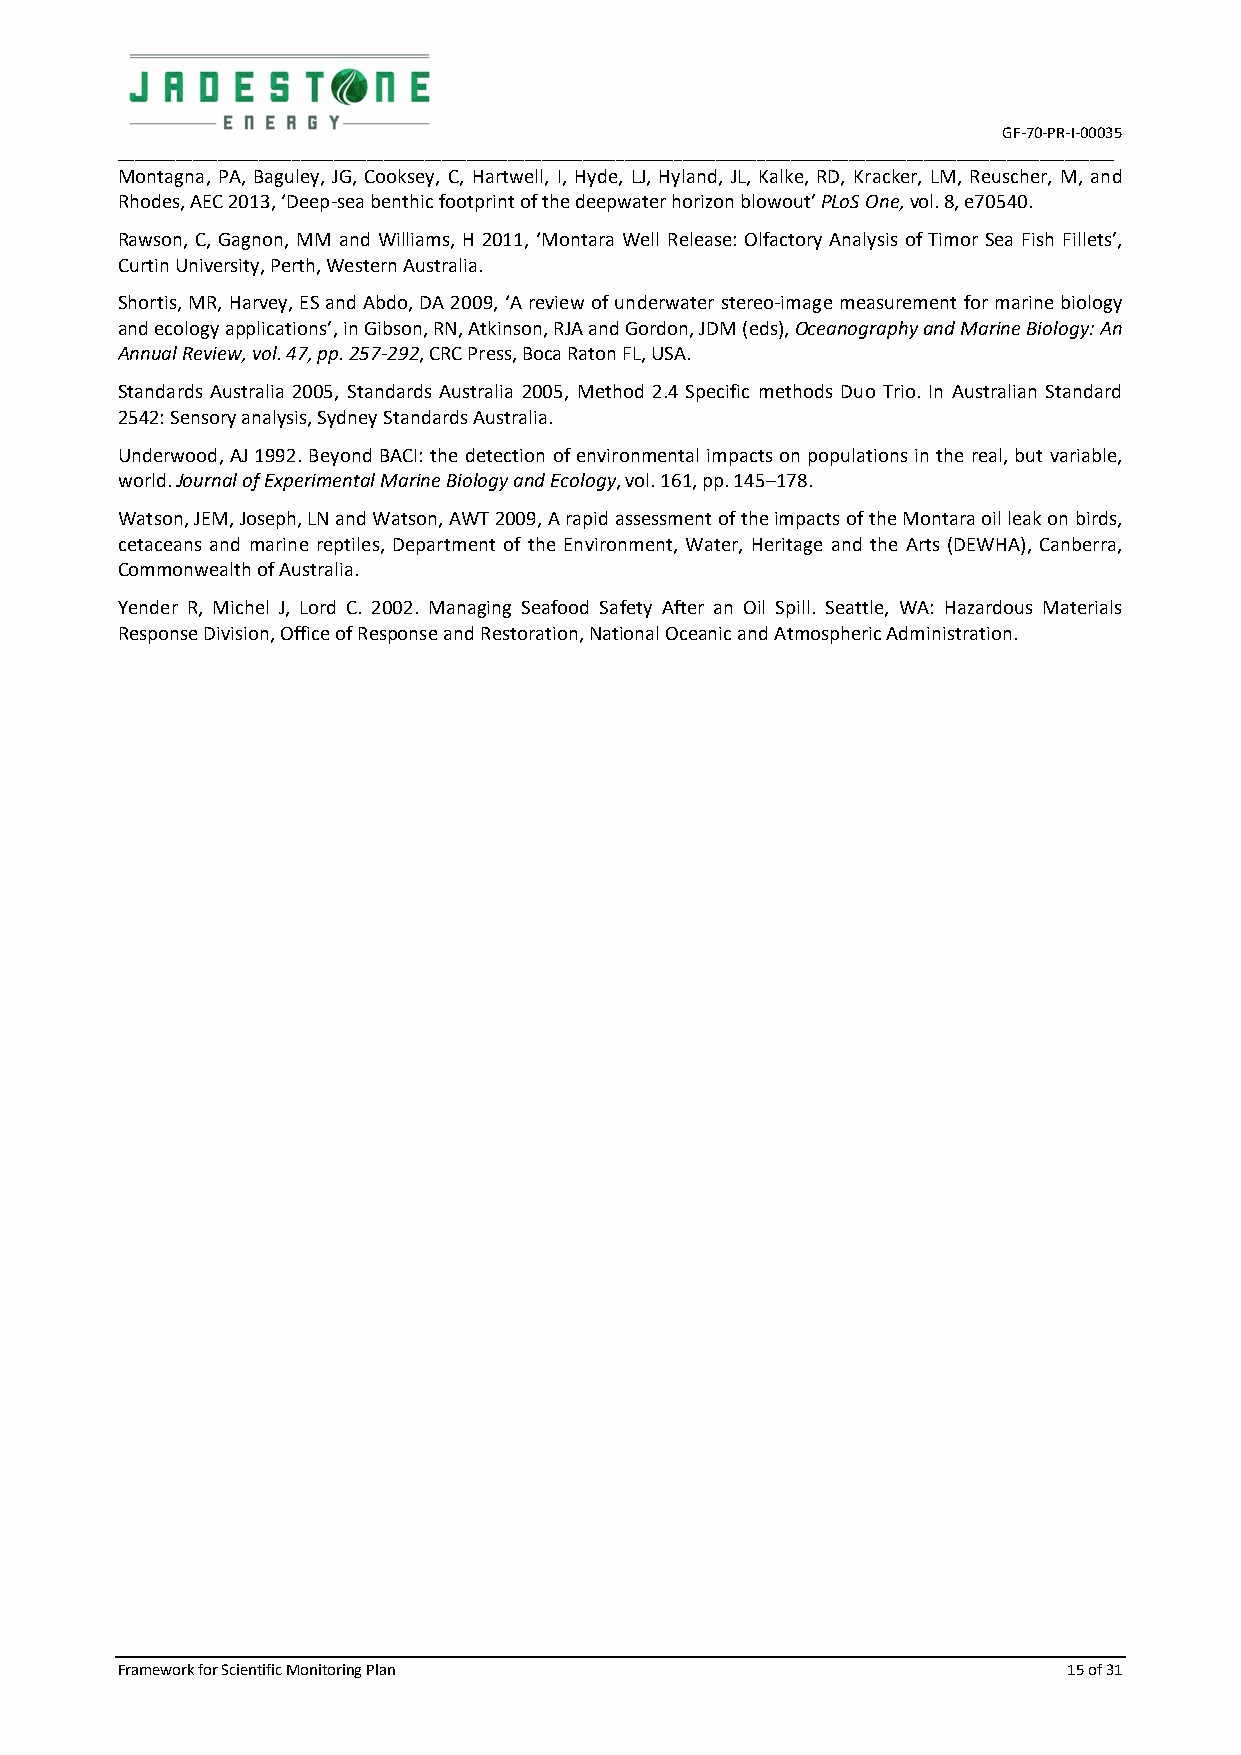
GF-70-PR-I-00035
 ________________________________________________________________________________________________________________________
 Montagna, PA, Baguley, JG, Cooksey, C, Hartwell, I, Hyde, LJ, Hyland, JL, Kalke, RD, Kracker, LM, Reuscher, M, and
 Rhodes, AEC 2013, ‘Deep-sea benthic footprint of the deepwater horizon blowout’ PLoS One, vol. 8, e70540.
 Rawson, C, Gagnon, MM and Williams, H 2011, ‘Montara Well Release: Olfactory Analysis of Timor Sea Fish Fillets’,
 Curtin University, Perth, Western Australia.
 Shortis, MR, Harvey, ES and Abdo, DA 2009, ‘A review of underwater stereo-image measurement for marine biology
 and ecology applications’, in Gibson, RN, Atkinson, RJA and Gordon, JDM (eds), Oceanography and Marine Biology: An
 Annual Review, vol. 47, pp. 257‐292, CRC Press, Boca Raton FL, USA.
 Standards Australia 2005, Standards Australia 2005, Method 2.4 Specific methods Duo Trio. In Australian Standard
 2542: Sensory analysis, Sydney Standards Australia.
 Underwood, AJ 1992. Beyond BACI: the detection of environmental impacts on populations in the real, but variable,
 world. Journal of Experimental Marine Biology and Ecology, vol. 161, pp. 145–178.
 Watson, JEM, Joseph, LN and Watson, AWT 2009, A rapid assessment of the impacts of the Montara oil leak on birds,
 cetaceans and marine reptiles, Department of the Environment, Water, Heritage and the Arts (DEWHA), Canberra,
 Commonwealth of Australia.
 Yender R, Michel J, Lord C. 2002. Managing Seafood Safety After an Oil Spill. Seattle, WA: Hazardous Materials
 Response Division, Office of Response and Restoration, National Oceanic and Atmospheric Administration.
 Framework for Scientific Monitoring Plan                       15 of 31